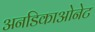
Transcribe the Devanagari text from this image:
अनडिकाओनेट